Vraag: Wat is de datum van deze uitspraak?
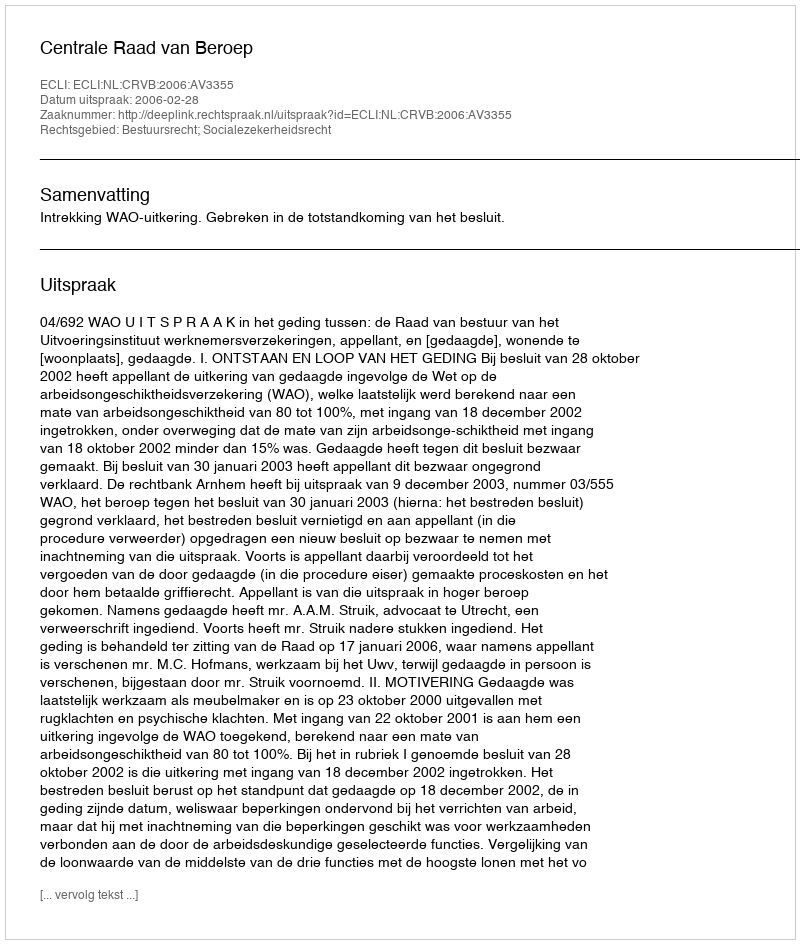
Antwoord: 2006-02-28